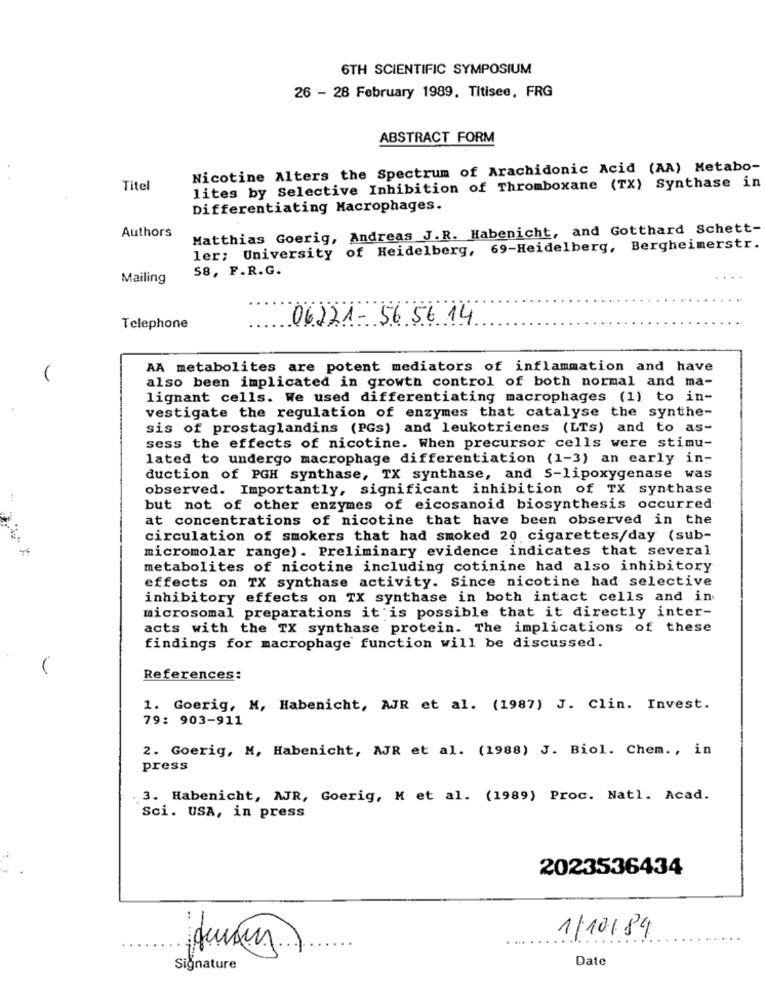
6TH SCIENTIFIC SYMPOSIUM
26 - 28 February 1989. Titisee, FRG
ABSTRACT FORM
Nicotine Alters the Spectrum of Arachidonic Acid (AA) Metabo-
Titel
lites by Selective Inhibition of Thromboxane (TX) Synthase in
Differentiating Macrophages.
Matthias Goerig, Andreas J.R. Habenicht, and Gotthard Schett-
Authors
ler; University of Heidelberg, 69-Heidelberg, Bergheimerstr.
58, F.R.G.
Mailing
06221- 56 56 14
Telephone
AA metabolites are potent mediators of inflammation and have
also been implicated in growth control of both normal and ma-
lignant cells. We used differentiating macrophages (1) to in-
vestigate the regulation of enzymes that catalyse the synthe-
sis of prostaglandins (PGs) and leukotrienes (LTs) and to as-
sess the effects of nicotine. When precursor cells were stimu-
lated to undergo macrophage differentiation (1-3) an early in-
duction of PGH synthase, TX synthase, and S-lipoxygenase was
observed. Importantly, significant inhibition of TX synthase
but not of other enzymes of eicosanoid biosynthesis occurred
at concentrations of nicotine that have been observed in the
circulation of smokers that had smoked 20 cigarettes/day (sub-
micromolar range). Preliminary evidence indicates that several
metabolites of nicotine including cotinine had also inhibitory
effects on TX synthase activity. Since nicotine had selective
inhibitory effects on TX synthase in both intact cells and in
microsomal preparations it is possible that it directly inter-
acts with the TX synthase protein. The implications of these
findings for macrophage function will be discussed.
References:
1. Goerig, M, Habenicht, AJR et al. (1987) J. Clin. Invest.
79: 903-911
2. Goerig, M, Habenicht, AJR et al. (1988) J. Biol. Chem ., in
press
3. Habenicht, AJR, Goerig, M et al. (1989) Proc. Natl. Acad.
Sci. USA, in press
2023536434
1/10/89
Date
Signature